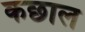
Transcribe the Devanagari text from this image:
कछाल